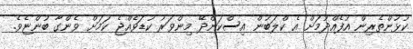
ކުޅުންތެރިން އުފެއްދުމަށް އެ ކްލަބުން އިސްކަންދޭ މިންވަރު ކުޑަވެއްޖެ ކަމަށް ވެންގާ ބުންޏެވެ.